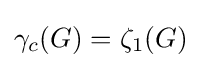
\gamma _{c}(G)=\zeta _{1}(G)